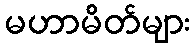
မဟာမိတ်များ